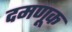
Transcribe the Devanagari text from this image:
दमणूक